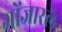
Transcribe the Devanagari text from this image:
गोंजारले